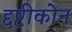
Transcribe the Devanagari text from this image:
द्दष्टीकोन